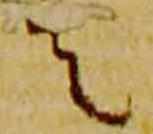
者